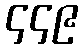
၄၄၉